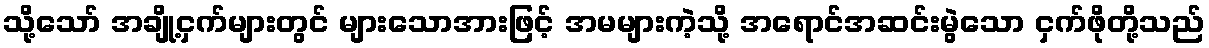
သို့သော် အချို့ငှက်များတွင် များသောအားဖြင့် အမများကဲ့သို့ အရောင်အဆင်းမွဲသော ငှက်ဖိုတို့သည်